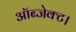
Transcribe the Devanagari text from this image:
ऑब्जेक्ट।